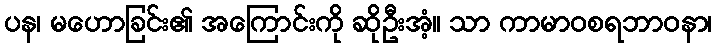
ပန၊ မဟောခြင်း၏ အကြောင်းကို ဆိုဦးအံ့။ သာ ကာမာဝစရဘာဝနာ၊